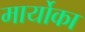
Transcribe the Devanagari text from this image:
मार्योका